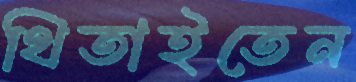
থিতাইতেন